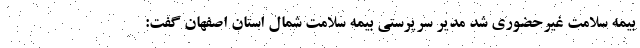
بیمه سلامت غیرحضوری شد مدیر سرپرستی بیمه سلامت شمال استان اصفهان گفت: